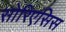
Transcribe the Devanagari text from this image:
सोरिएसिस